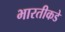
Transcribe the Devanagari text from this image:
भारतीकडे